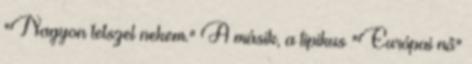
"Nagyon tetszel nekem." A másik, a tipikus "Európai nő"